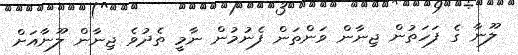
ލޫނާ ގެ ފަހަތުން ޖިނާން ވަންތަން ފެނުމުން ނާމީ ތެދުވެ ޖިނާން ލޫނާއަށް